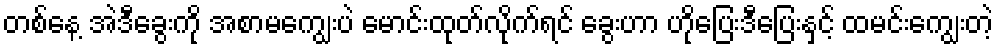
တစ်နေ့ အဲဒီခွေးကို အစာမကျွေးပဲ မောင်းထုတ်လိုက်ရင် ခွေးဟာ ဟိုပြေးဒီပြေးနှင့် ထမင်းကျွေးတဲ့